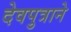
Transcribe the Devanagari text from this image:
देवपुत्राने